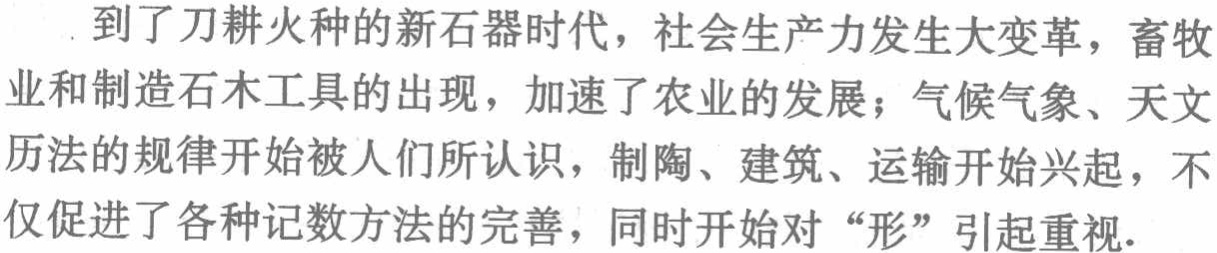
到了刀耕火种的新石器时代，社会生产力发生大变革，畜牧业和制造石木工具的出现，加速了农业的发展；气候气象、天文历法的规律开始被人们所认识，制陶、建筑、运输开始兴起，不仅促进了各种记数方法的完善，同时开始对“形”引起重视.